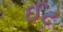
ઈટ